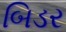
બિડર